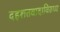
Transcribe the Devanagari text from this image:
दहशतवादाविरुध्ध